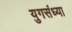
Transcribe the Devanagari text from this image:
युगसंध्या